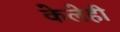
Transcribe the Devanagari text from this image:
केलेही